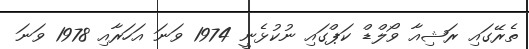
ތެރޭގައި ރަޝިއާ ވޯލްޑް ކަޕްގައި ނުކުޅެނީ 1974 ވަނަ އަހަރާއި 1978 ވަނަ